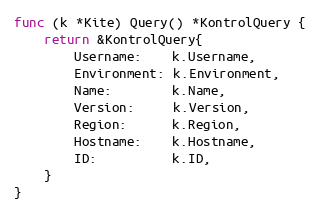
Language: Go
func (k *Kite) Query() *KontrolQuery {
	return &KontrolQuery{
		Username:    k.Username,
		Environment: k.Environment,
		Name:        k.Name,
		Version:     k.Version,
		Region:      k.Region,
		Hostname:    k.Hostname,
		ID:          k.ID,
	}
}